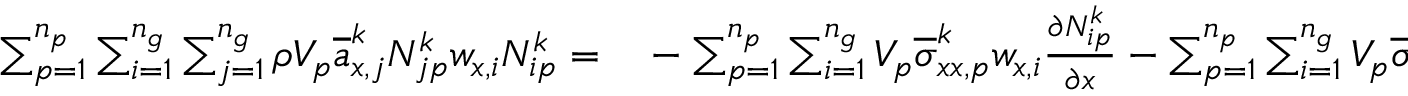
\begin{array} { r l } { \sum _ { p = 1 } ^ { n _ { p } } \sum _ { i = 1 } ^ { n _ { g } } \sum _ { j = 1 } ^ { n _ { g } } \rho V _ { p } \overline { { a } } _ { x , j } ^ { k } N _ { j p } ^ { k } w _ { x , i } N _ { i p } ^ { k } = } & { { } - \sum _ { p = 1 } ^ { n _ { p } } \sum _ { i = 1 } ^ { n _ { g } } V _ { p } \overline { { \sigma } } _ { x x , p } ^ { k } w _ { x , i } \frac { \partial N _ { i p } ^ { k } } { \partial x } - \sum _ { p = 1 } ^ { n _ { p } } \sum _ { i = 1 } ^ { n _ { g } } V _ { p } \overline { { \sigma } } _ { x y , p } ^ { k } \frac { \partial N _ { i p } ^ { k } } { \partial y } w _ { x , i } } \end{array}